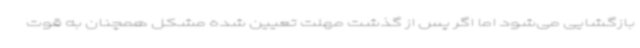
بازگشایی می‌شود اما اگر پس از گذشت مهلت تعیین شده مشکل همچنان به قوت